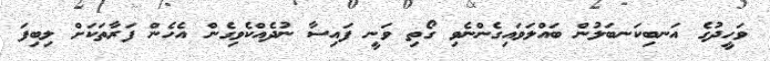
ވަހީދުގެ އަނބިކަނބަލުން ބައްލަވައިގެންނެވި ގޯތި ވަނީ ފައިސާ ނުދެއްކެވިގެން އެހެން ފަރާތަކަށް ލިބިފަ